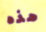
هذه